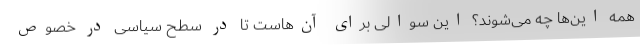
همه این‌ها چه می‌شوند؟ این سوالی برای آن‌هاست تا در سطح سیاسی در خصوص